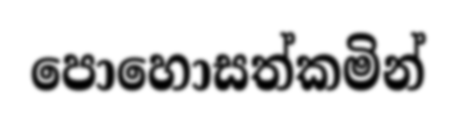
පොහොසත්කමින්